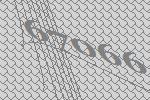
67066